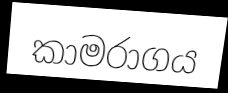
කාමරාගය